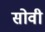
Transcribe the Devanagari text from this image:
सोवी